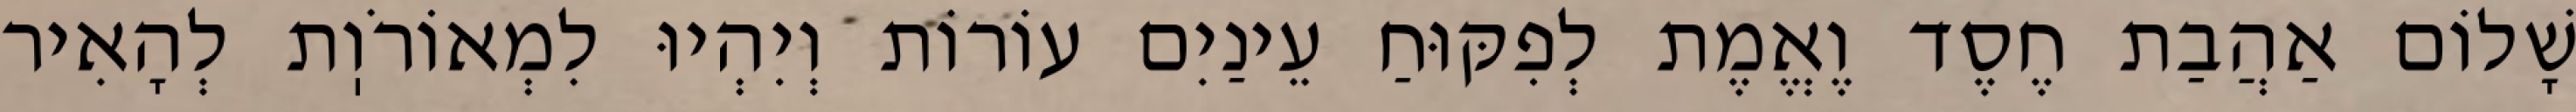
שָׁלוֹם אַהֲבַת חֶסֶד וֶאֱמֶת לְפִקּוּחַ עֵינַיִם עוֹרוֹת וְיִהְיוּ לִמְאוֹרֹוֽת לְהָאִיר